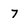
Character: 7